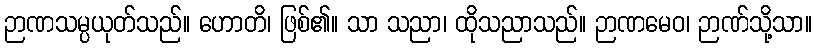
ဉာဏသမ္ပယုတ်သည်။ ဟောတိ၊ ဖြစ်၏။ သာ သညာ၊ ထိုသညာသည်။ ဉာဏမေဝ၊ ဉာဏ်သို့သာ။